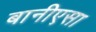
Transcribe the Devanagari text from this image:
बानीएसा